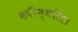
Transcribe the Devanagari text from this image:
करिष्यति।।